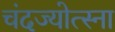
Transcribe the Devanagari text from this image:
चंदज्योत्स्ना